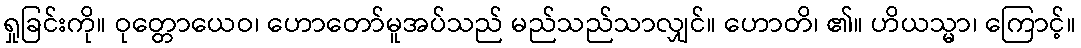
ရှုခြင်းကို။ ဝုတ္တောယေဝ၊ ဟောတော်မူအပ်သည် မည်သည်သာလျှင်။ ဟောတိ၊ ၏။ ဟိယသ္မာ၊ ကြောင့်။